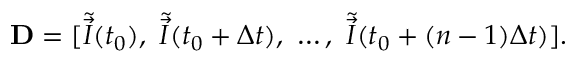
\mathbf { D } = [ \tilde { \vec { I } } ( t _ { 0 } ) , \ \tilde { \vec { I } } ( t _ { 0 } + \Delta t ) , \ \dots , \ \tilde { \vec { I } } ( t _ { 0 } + ( n - 1 ) \Delta t ) ] .